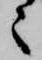
々